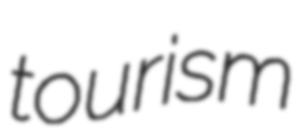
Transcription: tourism